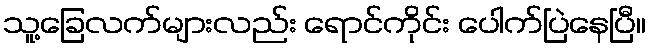
သူ့ခြေလက်များလည်း ရောင်ကိုင်း ပေါက်ပြဲနေပြီ။